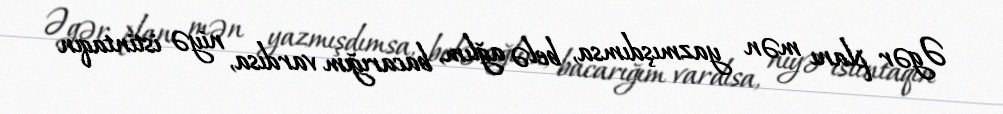
Əgər planı mən yazmışdımsa, belə ağlım, bacarığım vardısa, niyə istintaqın